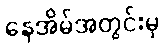
နေအိမ်အတွင်းမှ